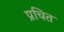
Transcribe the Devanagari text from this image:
प्रचित